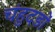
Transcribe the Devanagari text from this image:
चंहुदड़ों